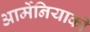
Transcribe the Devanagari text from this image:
आर्मेनियाकी